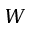
W